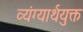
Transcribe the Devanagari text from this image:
व्यंग्यार्थयुक्त